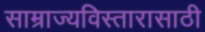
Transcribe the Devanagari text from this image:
साम्राज्यविस्तारासाठी